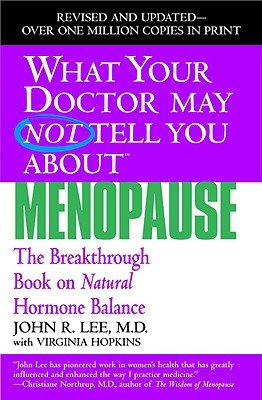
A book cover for What Your Doctor May Not Tell You about Menopause: The Breakthrough Book on Natural Hormone Balance [WHAT YOUR DR MAY NOT-WHAT YOUR]; Health, Fitness & Dieting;